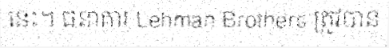
នេះ។ ធនាគារ Lehman Brothers ត្រូវបាន